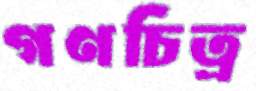
গণচিত্র